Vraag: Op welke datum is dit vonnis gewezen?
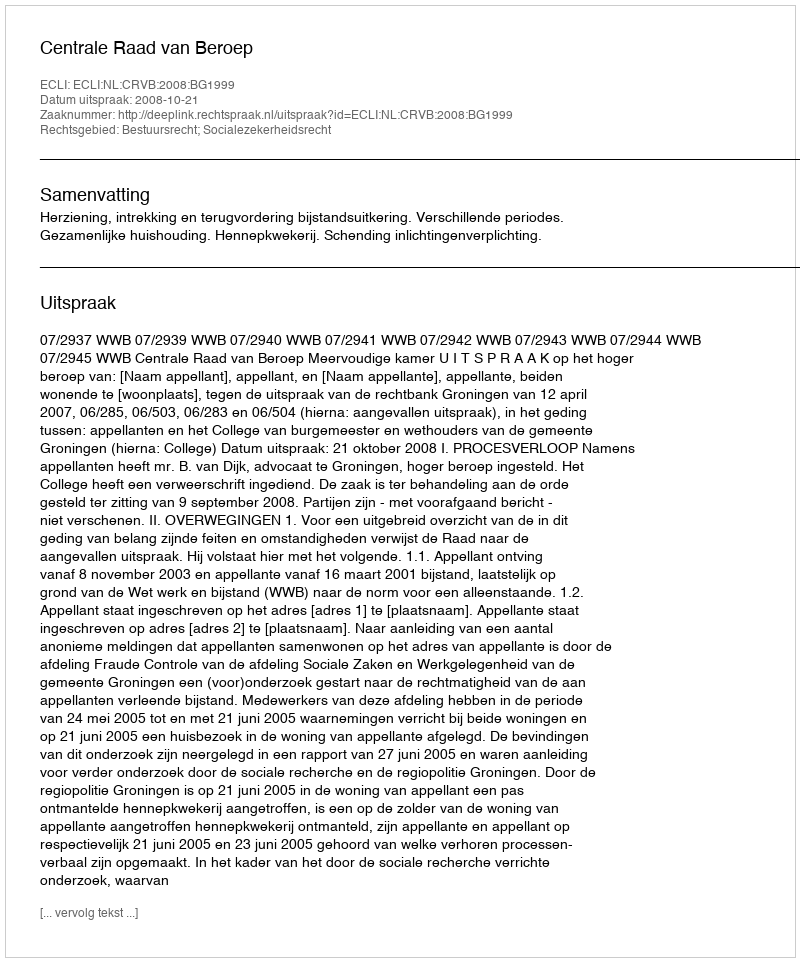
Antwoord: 2008-10-21